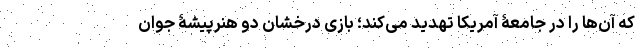
که آن‌ها را در جامعۀ آمریکا تهدید می‌کند؛ بازی درخشان دو هنرپیشۀ جوان